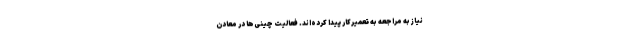
نیاز به مراجعه به تعمیرکار پیدا کرده‌اند. فعالیت چینی‌ها در معادن